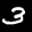
Label: 3